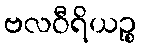
ဗလဝီရိယဉ္စ